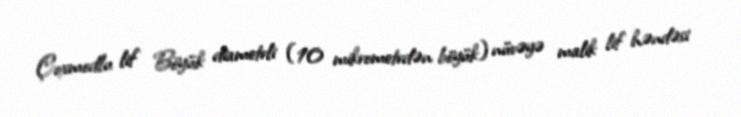
Çoxmodlu lif Böyük diametrli (10 mikrometrdən böyük) nüvəyə malik lif həndəsi